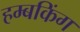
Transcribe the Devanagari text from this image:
हम्बकिंग